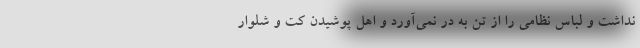
نداشت و لباس نظامی را از تن به در نمی‌آورد و اهل پوشیدن کت و شلوار